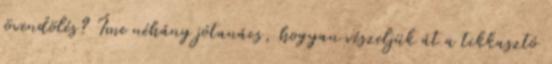
jövendölés? Íme néhány jótanács, hogyan vészeljük át a tikkasztó